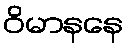
ဝိမာနနေ